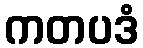
ကတပဒံ